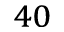
^ { 4 0 }